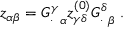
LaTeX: z _ { \alpha \beta } = { G _ { . } ^ { \gamma } } _ { \alpha } z _ { \gamma \delta } ^ { ( 0 ) } { G _ { . } ^ { \delta } } _ { \beta } \ .